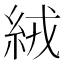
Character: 絨